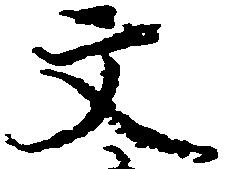
文